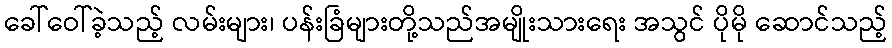
ခေါ်ဝေါ်ခဲ့သည့် လမ်းများ၊ ပန်းခြံများတို့သည်အမျိုးသားရေး အသွင် ပိုမို ဆောင်သည့်